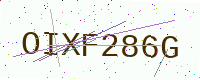
Text: OIXF286G